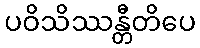
ပဝိသိဿန္တီတိပေ